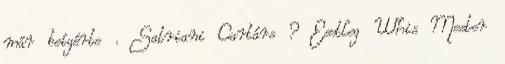
már beígérte . Satriani Cartárs ? Esetleg Whis Mester